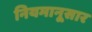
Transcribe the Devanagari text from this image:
नियमानूसार